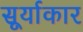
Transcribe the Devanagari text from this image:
सूर्याकार